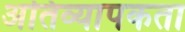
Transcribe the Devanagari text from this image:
अतिव्यापकता